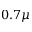
0 . 7 \mu